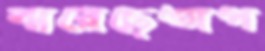
ঝরেছেঅপ